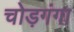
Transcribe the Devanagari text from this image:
चोड़गंगा